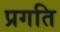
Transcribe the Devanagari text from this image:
प्रगति